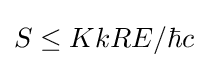
S\leq K{kRE}/{\hbar c}